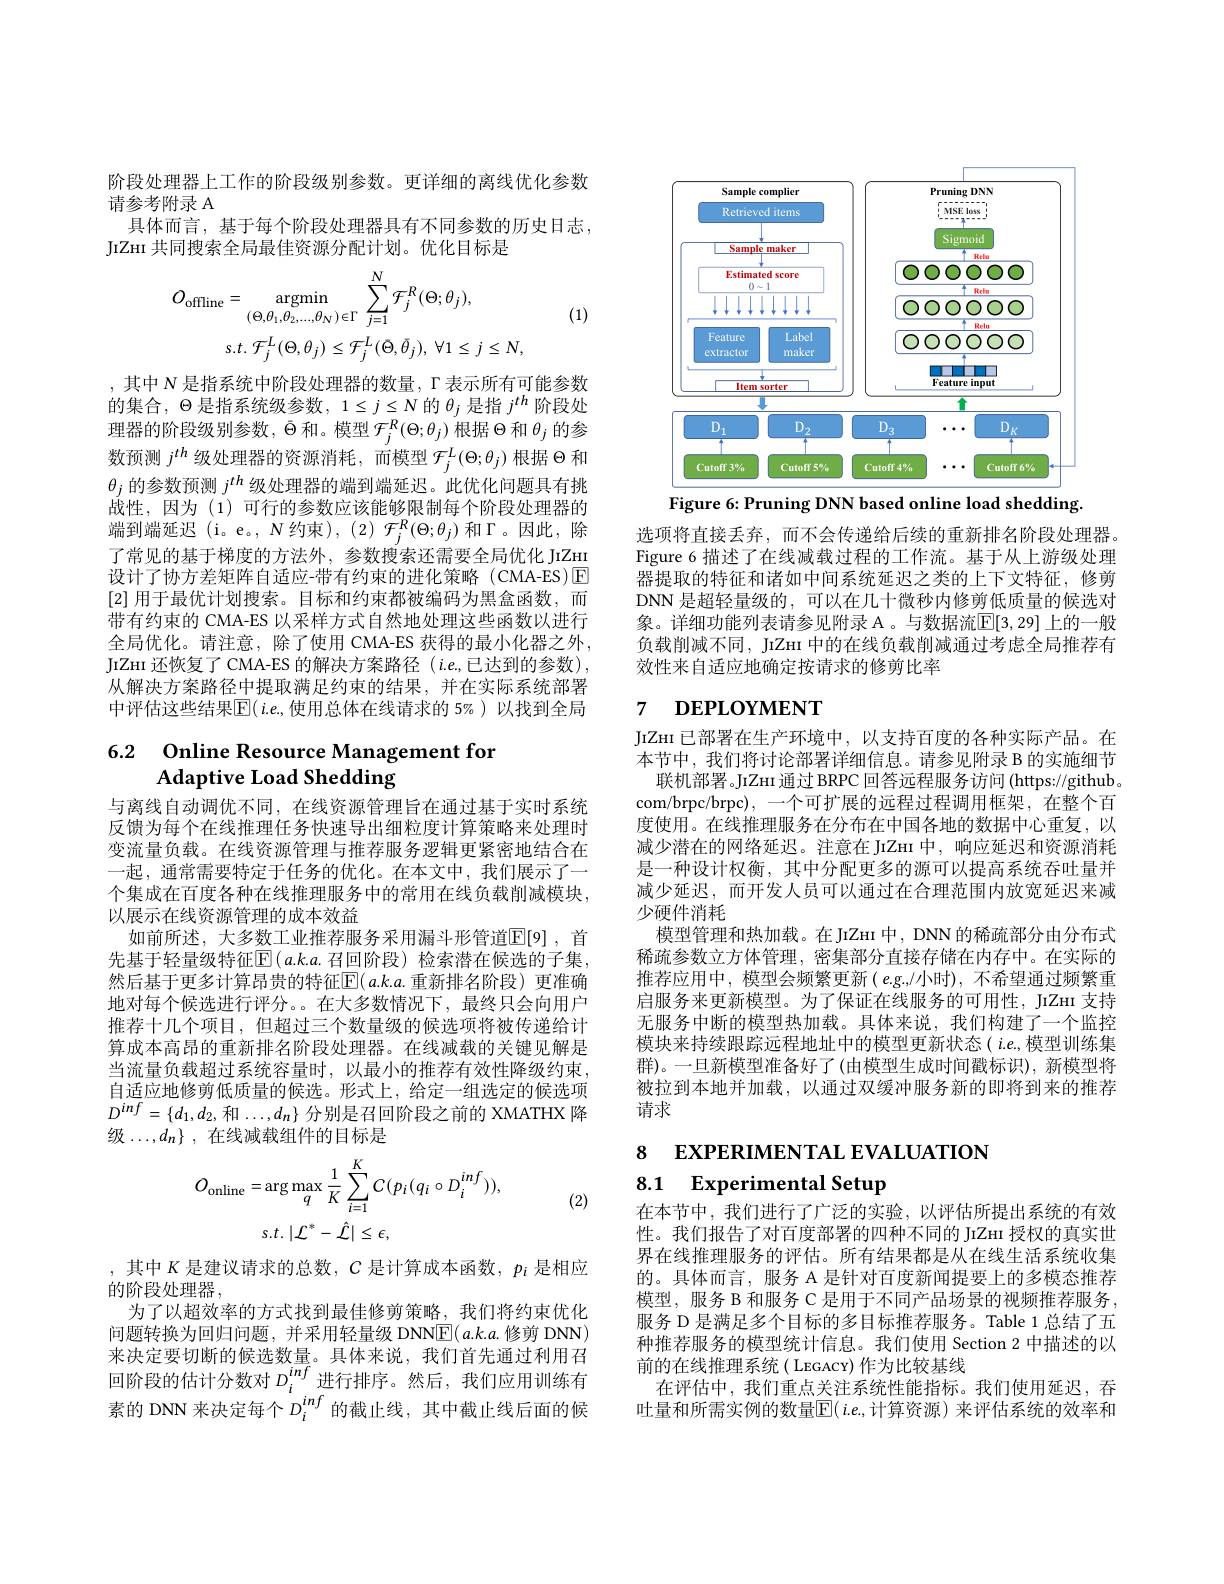
阶段处理器上工作的阶段级别参数。更详细的离线优化参数
请参考附录 A
具体而言，基于每个阶段处理器具有不同参数的历史日志，
JıZnı 共同搜索全局最佳资源分配计划。优化目标是
$$O_{\mathrm{offline}}=\underset{(\Theta,\theta_{1},\theta_{2},...,\theta_{N})\in\Gamma}{\operatorname*{argmin}}\sum_{j=1}^{N}\mathcal{F}_{j}^{R}(\Theta;\theta_{j}),\\s.t.\:\mathcal{F}_{j}^{L}(\Theta,\theta_{j})\leq\mathcal{F}_{j}^{L}(\bar{\Theta},\bar{\theta}_{j}),\:\forall1\leq j\leq N,$$
(1)

,其中 N 是指系统中阶段处理器的数量，$\Gamma$表示所有可能参数的集合，$\Theta$是指系统级参数$,1\leq j\leq N$的$\theta_j$ 是指 $j^th$ 阶段处理器的阶段级别参数，$\bar{\Theta}$和。模型$\mathcal{F}_j^R(\Theta;\theta_j)$根据$\Theta$和$\theta_j$的参数预测$j^{th}$级处理器的资源消耗，而模型$\mathcal{F}_j^L(\Theta;\theta_j)$根据$\Theta$和$\theta_j$的参数预测$j^{th}$级处理器的端到端延迟。此优化问题具有挑战性，因为 (1) 可行的参数应该能够限制每个阶段处理器的端到端延迟(i。e。, $N$约束), $(2)\mathcal{F}_j^R(\Theta;\theta_j)$和$\Gamma$。因此，除了常见的基于梯度的方法外，参数搜索还需要全局优化 JrZHI 设计了协方差矩阵自适应-带有约束的进化策略(CMA-ES)☑ [2]用于最优计划搜索。目标和约束都被编码为黑盒函数，而带有约束的 CMA-ES 以采样方式自然地处理这些函数以进行全局优化。请注意，除了使用 CMA-ES 获得的最小化器之外， JIZHI 还恢复了 CMA-ES 的解决方案路径 $(i.e$,已达到的参数), 从解决方案路径中提取满足约束的结果，并在实际系统部署中评估这些结果$\mathbb{E}(i.e.$,使用总体在线请求的 5%)以找到全局

# $\begin{array}{cc}6.2&\textbf{Online Resource Management for}\\&\text{Adaptive Load Shedding}\end{array}$

与离线自动调优不同，在线资源管理旨在通过基于实时系统反馈为每个在线推理任务快速导出细粒度计算策略来处理时变流量负载。在线资源管理与推荐服务逻辑更紧密地结合在一起，通常需要特定于任务的优化。在本文中，我们展示了一个集成在百度各种在线推理服务中的常用在线负载削减模块， 以展示在线资源管理的成本效益
如前所述，大多数工业推荐服务采用漏斗形管道$\overline {\mathbb{E} }[ 9]$ , 首先基于轻量级特征$\operatorname{E}(a.k.a.$召回阶段)检索潜在候选的子集， 然后基于更多计算昂贵的特征$\overline{\mathrm{E}}(a.k.a.$ 重新排名阶段) 更准确地对每个候选进行评分。。在大多数情况下，最终只会向用户推荐十几个项目，但超过三个数量级的候选项将被传递给计算成本高昂的重新排名阶段处理器。在线减载的关键见解是当流量负载超过系统容量时，以最小的推荐有效性降级约束， 自适应地修剪低质量的候选。形式上，给定一组选定的候选项$D^{inf}=\{d_1,d_2$, 和$\ldots,d_n\}$ 分别是召回阶段之前的 XMATHX 降级$\ldots,d_n\}$, 在线减载组件的目标是

(2)
$$O_{\mathrm{online}}=\arg\max_{q}\frac{1}{K}\sum_{i=1}^{K}C(p_{i}(q_{i}\circ D_{i}^{inf})),\\s.t.\:|\mathcal{L}^{*}-\hat{\mathcal{L}}|\leq\epsilon,$$
,其中$K$是建议请求的总数，$C$是计算成本函数，$p_i$是相应
的阶段处理器，
为了以超效率的方式找到最佳修剪策略，我们将约束优化问题转换为回归问题，并采用轻量级 DNN$\boxed{\mathrm{E}}(a.k.a.$修剪 DNN) 来决定要切断的候选数量。具体来说，我们首先通过利用召回阶段的估计分数对$D_i^{inf}$进行排序。然后，我们应用训练有素的 DNN 来决定每个$D_i^{inf}$ 的截止线，其中截止线后面的候

<FigureHere>
Figure 6: Pruning DNN based online load shedding

选项将直接丢弃，而不会传递给后续的重新排名阶段处理器。Figure 6 描述了在线减载过程的工作流。基于从上游级处理器提取的特征和诸如中间系统延迟之类的上下文特征，修剪DNN 是超轻量级的，可以在几十微秒内修剪低质量的候选对象。详细功能列表请参见附录 A 。与数据流$\overline{\mathbb{E}}[3,29]$ 上的一般负载削减不同，JiZHI 中的在线负载削减通过考虑全局推荐有效性来自适应地确定按请求的修剪比率

## 7 $\textbf{DEPLOYMENT}$

JıZнı 已部署在生产环境中，以支持百度的各种实际产品。在本节中，我们将讨论部署详细信息。请参见附录 B 的实施细节
联机部署。JıZнı 通过 BRPC 回答远程服务访问 (https://github。com/brpc/brpc), 一个可扩展的远程过程调用框架，在整个百度使用。在线推理服务在分布在中国各地的数据中心重复，以减少潜在的网络延迟。注意在JIZHI 中，响应延迟和资源消耗是一种设计权衡，其中分配更多的源可以提高系统吞吐量并减少延迟，而开发人员可以通过在合理范围内放宽延迟来减少硬件消耗
模型管理和热加载。在 JIZHI 中，DNN 的稀疏部分由分布式稀疏参数立方体管理，密集部分直接存储在内存中。在实际的推荐应用中，模型会频繁更新( e.g.,/小时), 不希望通过频繁重启服务来更新模型。为了保证在线服务的可用性，JIZHI 支持无服务中断的模型热加载。具体来说，我们构建了一个监控模块来持续跟踪远程地址中的模型更新状态( $i.e.$,模型训练集群)。一旦新模型准备好了(由模型生成时间戳标识), 新模型将被拉到本地并加载，以通过双缓冲服务新的即将到来的推荐请求

# 8 EXPERIMENTAL EVALUATION 8.1 Experimental Setup

在本节中，我们进行了广泛的实验，以评估所提出系统的有效性。我们报告了对百度部署的四种不同的 JIZнп 授权的真实世界在线推理服务的评估。所有结果都是从在线生活系统收集的。具体而言，服务 A 是针对百度新闻提要上的多模态推荐模型，服务 B 和服务 C 是用于不同产品场景的视频推荐服务， 服务 D 是满足多个目标的多目标推荐服务。Table 1 总结了五种推荐服务的模型统计信息。我们使用 Section 2 中描述的以前的在线推理系统( LEGACY) 作为比较基线
在评估中，我们重点关注系统性能指标。我们使用延迟，吞吐量和所需实例的数量$\mathbb{E}(i.e.$,计算资源)来评估系统的效率和